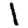
Digit: 1